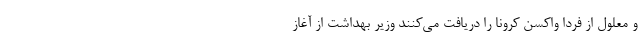
و معلول از فردا واکسن کرونا را دریافت می‌کنند وزیر بهداشت از آغاز